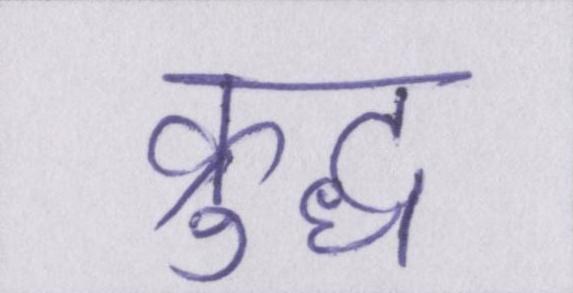
क्रुद्ध